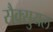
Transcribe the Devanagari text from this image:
सैक्सुयल